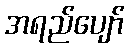
အရည်ပျော်